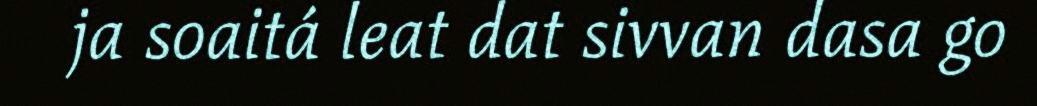
ja soaitá leat dat sivvan dasa go